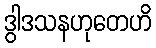
ဒွါဒသနဟုတေဟိ